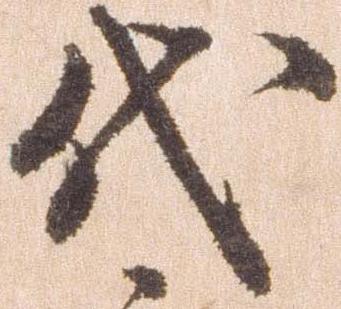
代